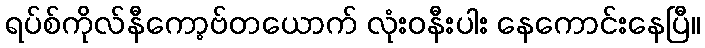
ရပ်စ်ကိုလ်နီကော့ဗ်တယောက် လုံးဝနီးပါး နေကောင်းနေပြီ။